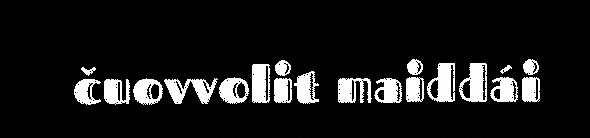
čuovvolit maiddái